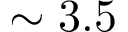
\sim 3 . 5